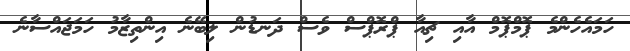
ހަމައެހެންމެ ޕޮމްޕޮމް އާއި ޗިއާ ޕްރޮޕްސް ވެސް ދަނޑުން ލިބޭނެ އިންތިޒާމު ހަމަޖައްސާނެ